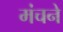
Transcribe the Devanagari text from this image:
मंचने